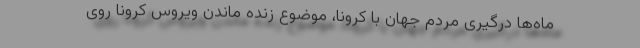
ماه‌ها درگیری مردم جهان با کرونا، موضوع زنده ماندن ویروس کرونا روی